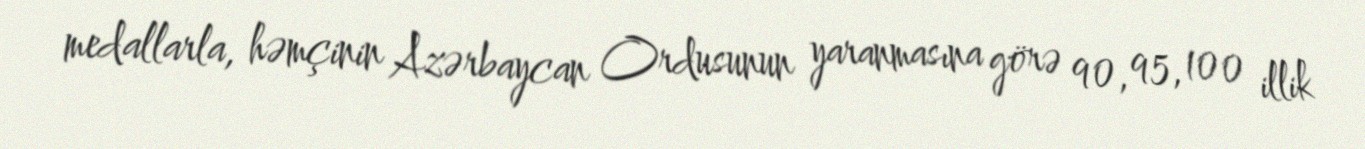
medallarla, həmçinin Azərbaycan Ordusunun yaranmasına görə 90, 95, 100 illik